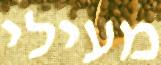
מעילי